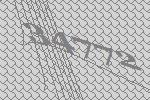
34772